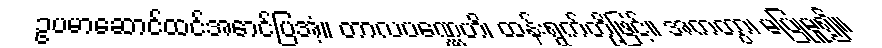
ဥပမာဆောင်ထင်အောင်ပြအံ့။ တာလပဏ္ဏေဟိ၊ ထန်းရွက်တို့ဖြင့်။ အကတွာ၊ မပြုမူ၍။